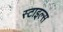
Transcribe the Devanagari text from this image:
स्‍टाइल्‍स